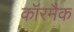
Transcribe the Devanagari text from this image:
कॉरमैक